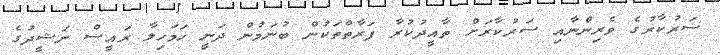
ސަރުކާރުގެ ވެރިންނާއި ސަރުކާރަށް ތާއީދުކުރާ ފަރާތްތަކުން ބުނަމުން ދަނީ ހަމަހިލާ ރައީސް ނަޝީދުގެ